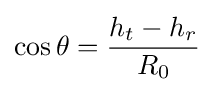
\cos \theta ={\frac {h_{t}-h_{r}}{R_{0}}}